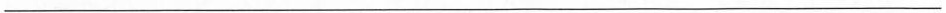
___